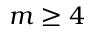
m \geq 4